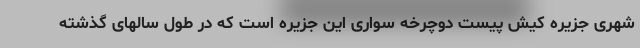
شهری جزیره کیش پیست دوچرخه سواری این جزیره است که در طول سالهای گذشته